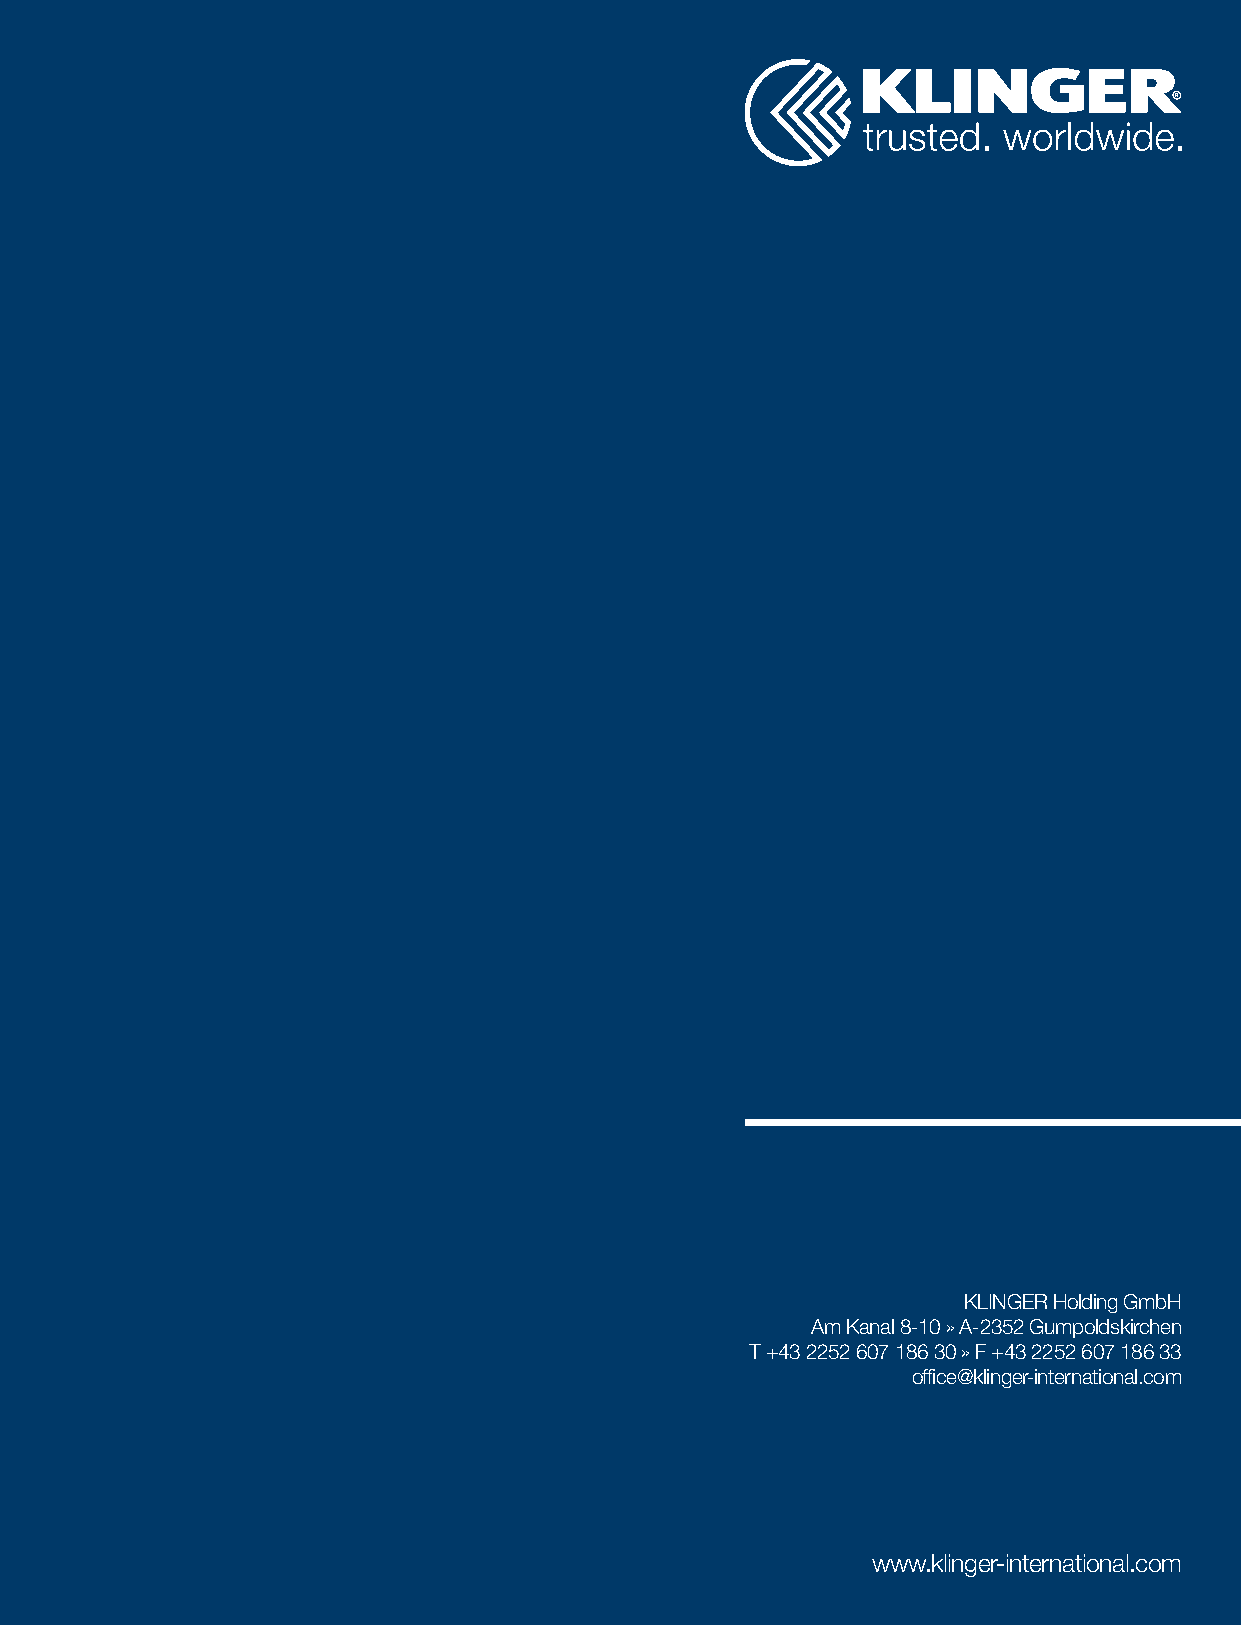
KLINGER Holding GmbH
 Am Kanal 8-10 » A-2352 Gumpoldskirchen
 T +43 2252 607 186 30 » F +43 2252 607 186 33
 office@klinger-international.com
 www.klinger-international.com